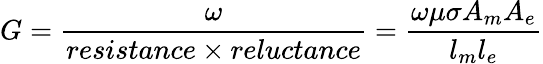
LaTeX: G={\frac{\omega}{resistance\times reluctance}}={\frac{\omega\mu\sigma A_{m}A_{e}}{l_{m}l_{e}}}